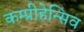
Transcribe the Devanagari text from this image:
कम्प्रीहेन्सिव